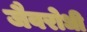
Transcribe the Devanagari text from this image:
जैवरोधी